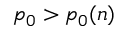
p _ { 0 } > p _ { 0 } ( n )